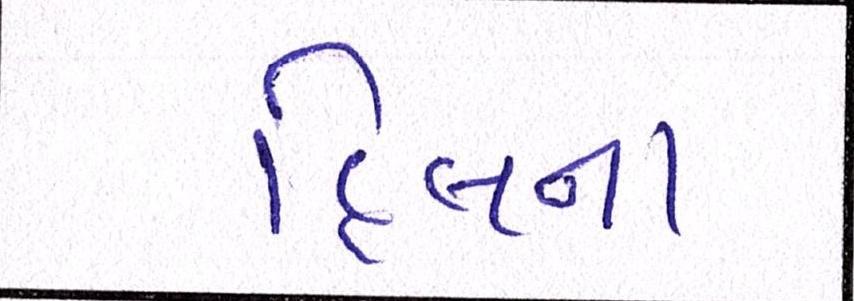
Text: હિલના